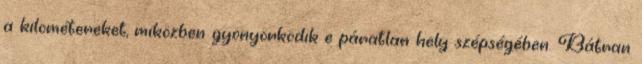
a kilométereket, miközben gyönyörködik e páratlan hely szépségében. Bátran